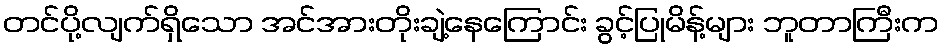
တင်ပို့လျက်ရှိသော အင်အားတိုးချဲ့နေကြောင်း ခွင့်ပြုမိန့်များ ဘူတာကြီးက